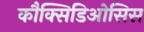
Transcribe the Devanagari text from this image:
कौक्सिडिओसिस